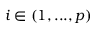
i \in ( 1 , . . . , p )